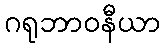
ဂရုဘာဝနီယာ